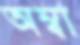
অম্বা